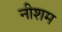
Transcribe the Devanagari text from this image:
नीशम